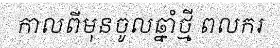
កាលពីមុនចូលឆ្នាំថ្មី ពលករ